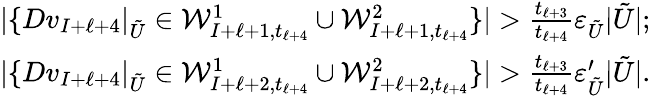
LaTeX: \begin{array}{r}{|\{ Dv_{I+\ell+4}|_{\tilde{U}}\in\mathcal{W}_{I+\ell+1,t_{\ell+4}}^{1}\cup\mathcal{W}_{I+\ell+1,t_{\ell+4}}^{2}\} |>\frac{t_{\ell+3}}{t_{\ell+4}}\varepsilon_{\tilde{U}}|\tilde{U}|;}\\ {|\{ Dv_{I+\ell+4}|_{\tilde{U}}\in\mathcal{W}_{I+\ell+2,t_{\ell+4}}^{1}\cup\mathcal{W}_{I+\ell+2,t_{\ell+4}}^{2}\} |>\frac{t_{\ell+3}}{t_{\ell+4}}\varepsilon_{\tilde{U}}^{\prime}|\tilde{U}|.}\end{array}